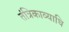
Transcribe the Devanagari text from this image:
तंत्रिकाव्याधि